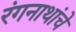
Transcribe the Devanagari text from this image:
रंगनाथांचे